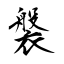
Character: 褩